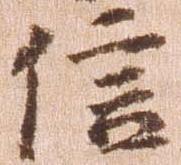
信